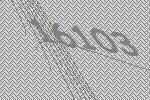
16103